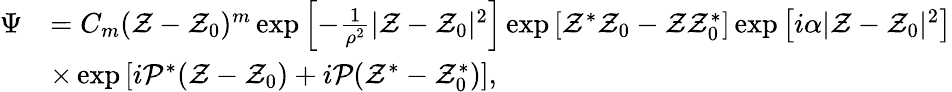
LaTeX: \begin{array}{rl}{\Psi}&{=C_{m}(\mathcal{Z}-\mathcal{Z}_{0})^{m}\exp\left[-\frac{1}{\rho^{2}}|\mathcal{Z}-\mathcal{Z}_{0}|^{2}\right]\exp\left[\mathcal{Z}^{*}\mathcal{Z}_{0}-\mathcal{Z}\mathcal{Z}_{0}^{*}\right]\exp\left[i\alpha|\mathcal{Z}-\mathcal{Z}_{0}|^{2}\right]}\\ &{\times\exp\left[i\mathcal{P}^{*}(\mathcal{Z}-\mathcal{Z}_{0})+i\mathcal{P}(\mathcal{Z}^{*}-\mathcal{Z}_{0}^{*})\right],}\end{array}